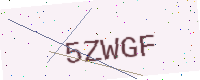
Text: 5ZWGF